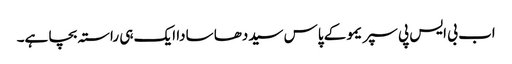
اب بی ایس پی سپریمو کے پاس سیددھا سادا ایک ہی راستہ بچا ہے۔